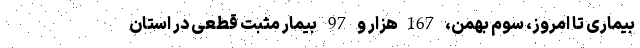
بیماری تا امروز، سوم بهمن، 167هزار و 97 بیمار مثبت قطعی در استان